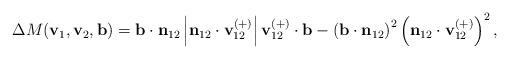
LaTeX: \begin{align*}\Delta M(\mathbf{v}_{1},\mathbf{v}_{2},\mathbf{b})=\mathbf{b\cdot n}_{12}\left\vert \mathbf{n}_{12}\cdot \mathbf{v}_{12}^{(+)}\right\vert\mathbf{v}_{12}^{(+)}\cdot \mathbf{b}-\left( \mathbf{b\cdot n}_{12}\right)^{2}\left( \mathbf{n}_{12}\cdot \mathbf{v}_{12}^{(+)}\right) ^{2},\end{align*}